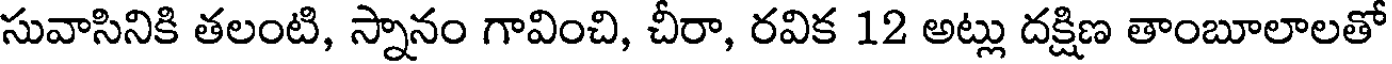
సువాసినికి తలంటి, స్నానం గావించి, చీరా, రవిక 12 అట్లు దక్షిణ తాంబూలాలతో